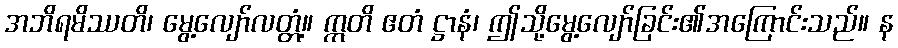
အဘိရမိဿတိ၊ မွေ့လျော်လတ္တံ့။ ဣတိ ဧတံ ဋ္ဌာနံ၊ ဤသို့မွေ့လျော်ခြင်း၏အကြောင်းသည်။ န